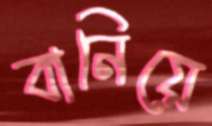
বানিয়ে